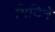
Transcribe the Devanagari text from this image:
मिटिने